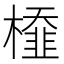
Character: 𣜂